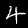
Digit: 4